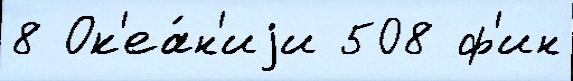
8 Ок'еа́н'иjи 508 ф'ин